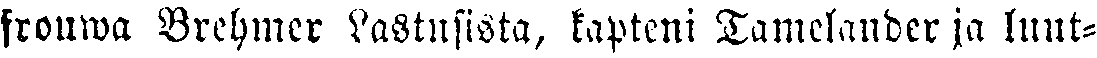
frouwa Brehmer Lastusista, kapteeni Tamelander ja luut-